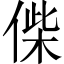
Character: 偨